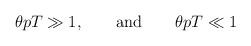
LaTeX: \begin{align*}\theta p T\gg 1,\qquad {\rm and}\qquad \theta p T\ll 1\end{align*}